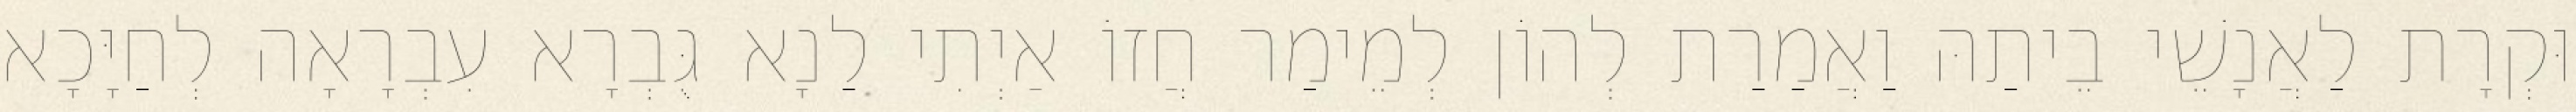
וּקְרָת לַאֲנָשֵׁי בֵיתַהּ וַאֲמַרַת לְהוֹן לְמֵימַר חֲזוֹ אַיְתִי לַנָא גֻּבְרָא עִבְרָאָה לְחַיָּכָא